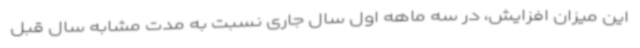
این میزان افزایش، در سه ماهه اول سال جاری نسبت به مدت مشابه سال قبل